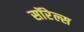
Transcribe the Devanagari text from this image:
सॉरेल्स